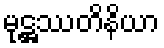
မုဋ္ဌဿတိနိယာ